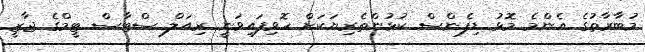
މުބާރާތުގެ އެންމެ މޮޅު ޑިފެންސް ކުޅުންތެރިޔަކަށް ހޮވިފައިވަނީ ރިއަލް ސްޓާސް ޓީމްގެ ޖާޒީ